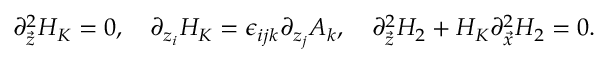
\partial _ { \vec { z } } ^ { 2 } H _ { K } = 0 , \ \ \ \partial _ { z _ { i } } H _ { K } = \epsilon _ { i j k } \partial _ { z _ { j } } A _ { k } , \ \ \ \partial _ { \vec { z } } ^ { 2 } H _ { 2 } + H _ { K } \partial _ { \vec { x } } ^ { 2 } H _ { 2 } = 0 .